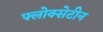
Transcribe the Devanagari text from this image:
फ्लोक्सेटीन